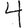
Digit: 4